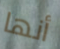
أنها